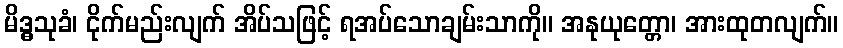
မိဒ္ဓသုခံ၊ ငိုက်မည်းလျက် အိပ်သဖြင့် ရအပ်သောချမ်းသာကို။ အနုယုတ္တော၊ အားထုတလျက်။